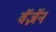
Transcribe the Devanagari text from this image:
वॅज़ॅन